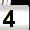
Digit: 4